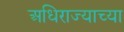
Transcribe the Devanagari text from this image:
अधिराज्याच्या